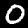
Label: 0